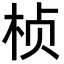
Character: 桢